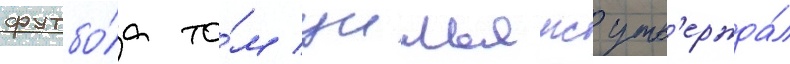
футбо́ла то́м уильямс утв'ержда́л